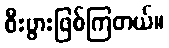
စီးပွားဖြစ်ကြတယ်။